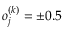
o _ { j } ^ { ( k ) } = \pm 0 . 5